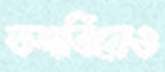
তদবিরেও